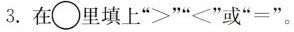
3.在\bigcirc 里填上“＞”“＜”或“=”。